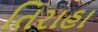
તિરાહા